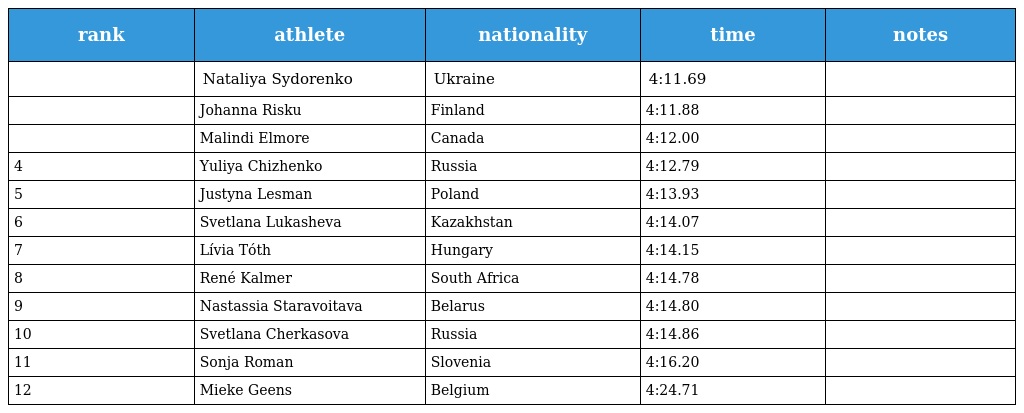
| rank | athlete | nationality | time | notes |
 | --- | --- | --- | --- | --- |
 |  | Nataliya Sydorenko | Ukraine | 4:11.69 |  |
 |  | Johanna Risku | Finland | 4:11.88 |  |
 |  | Malindi Elmore | Canada | 4:12.00 |  |
 | 4 | Yuliya Chizhenko | Russia | 4:12.79 |  |
 | 5 | Justyna Lesman | Poland | 4:13.93 |  |
 | 6 | Svetlana Lukasheva | Kazakhstan | 4:14.07 |  |
 | 7 | Lívia Tóth | Hungary | 4:14.15 |  |
 | 8 | René Kalmer | South Africa | 4:14.78 |  |
 | 9 | Nastassia Staravoitava | Belarus | 4:14.80 |  |
 | 10 | Svetlana Cherkasova | Russia | 4:14.86 |  |
 | 11 | Sonja Roman | Slovenia | 4:16.20 |  |
 | 12 | Mieke Geens | Belgium | 4:24.71 |  |